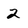
Character: 2